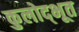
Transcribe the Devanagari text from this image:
कुलोद्‌भूत